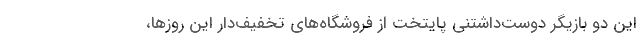
این دو بازیگر دوست‌داشتنی پایتخت از فروشگاه‌های تخفیف‌دار این روزها،